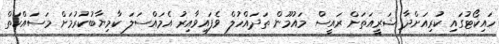
ހައިކޯޓުގައި ކުރިއަށްދާ ޝަރީއަތަށް ރައީސް މައުމޫން ތަދައްހުލް ވެފައިވާއިރު އެމައްސަލަ ކާމިޔާބުކުރުމަށް މަސައްކަތް